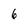
Character: 6